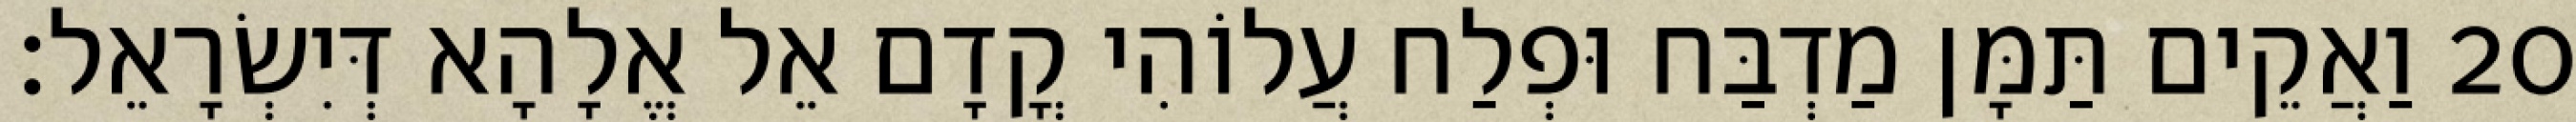
20 וַאֲקֵים תַּמָּן מַדְבַּח וּפְלַח עֲלוֹהִי קֳדָם אֵל אֱלָהָא דְּיִשְׂרָאֵל׃